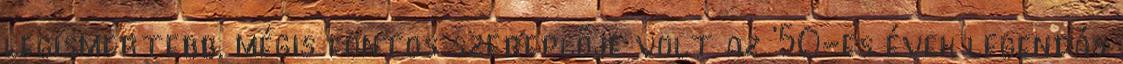
legismertebb, mégis fontos szereplője volt az ’50-es évek legendás